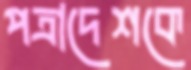
পত্রাদেশকে